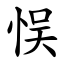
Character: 悮